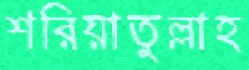
শরিয়াতুল্লাহ